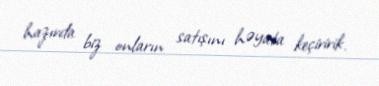
hazırda biz onların satışını həyata keçiririk.